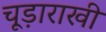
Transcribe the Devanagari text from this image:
चूड़ाराखी